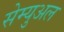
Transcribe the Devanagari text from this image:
सेम्‍युअल